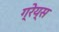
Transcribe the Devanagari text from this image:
ग्रेय्स